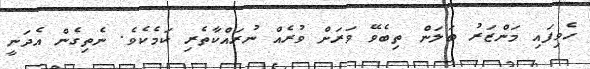
ހެވިފައި މަންޒަރު ބަލަން ތިބެވޭ ވަރަށް ވުރެއް ނުރައްކާތެރި ކަމެކެވެ. ނެތިގެން އެދަނީ